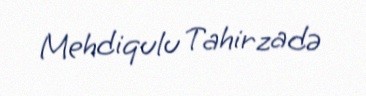
Mehdiqulu Tahirzadə